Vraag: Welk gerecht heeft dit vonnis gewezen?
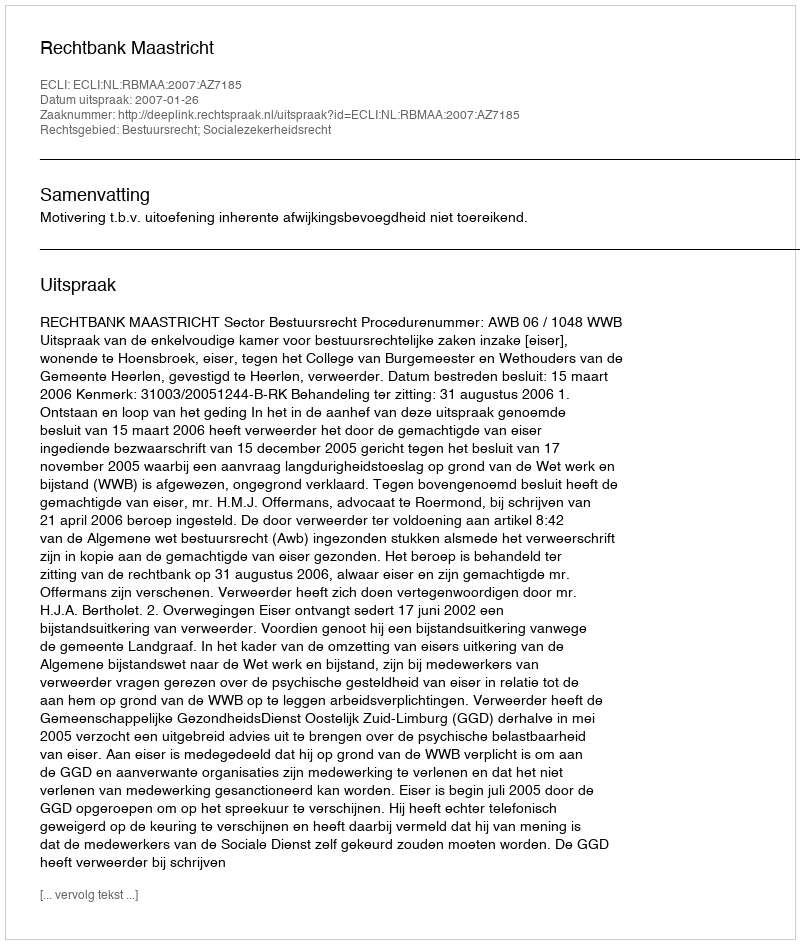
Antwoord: Rechtbank Maastricht